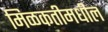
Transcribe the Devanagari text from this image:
मिळकतीमधील